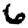
Digit: 6